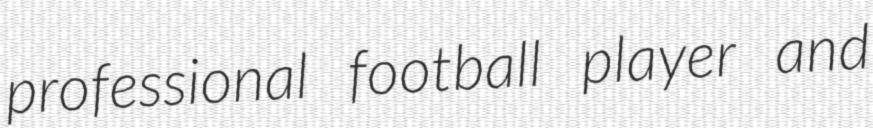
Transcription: professional football player and